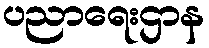
ပညာရေးဌာန